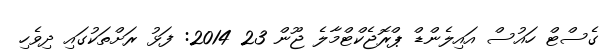
ގެސްޓް ހައުސް އައިލެންޑް ޕްރޮޖެކްޓްމާލެ ޖޫން 23 2014: ފަޅު ރަށްތަކުގައި ދިވެހި